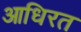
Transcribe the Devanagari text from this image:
आधिरत